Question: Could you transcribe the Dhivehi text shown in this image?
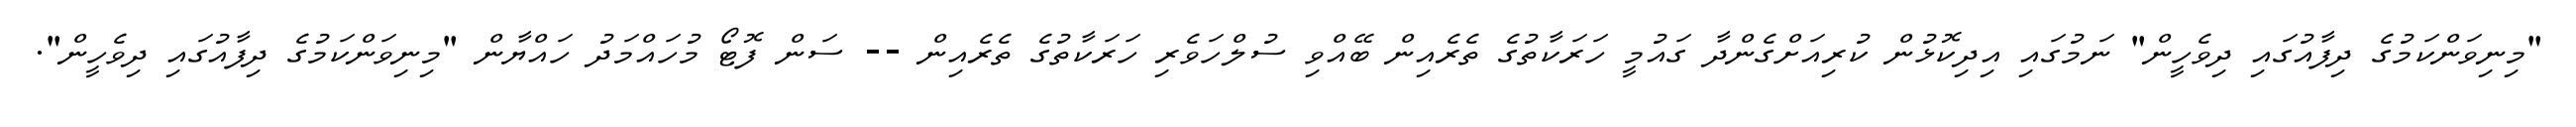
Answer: "މިނިވަންކަމުގެ ދިފާއުގައި ދިވެހީން" ނަމުގައި އިދިކޮޅުން ކުރިއަށްގެންދާ ގައުމީ ހަރަކާތުގެ ތެރެއިން ބޭއްވި ސުލްހަވެރި ހަރަކާތުގެ ތެރެއިން -- ސަން ފޮޓޯ މުހައްމަދު ހައްޔާން "މިނިވަންކަމުގެ ދިފާއުގައި ދިވެހީން".